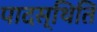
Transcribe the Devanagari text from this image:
पादस्थिति